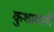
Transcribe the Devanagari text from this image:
कुशावली